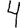
Digit: 4